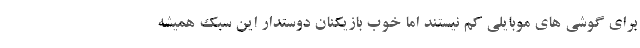
برای گوشی های موبایلی کم نیستند اما خوب بازیکنان دوستدار این سبک همیشه